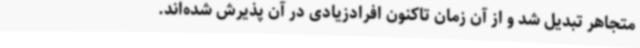
متجاهر تبدیل شد و از آن زمان تاکنون افرادزیادی در آن پذیرش شده‌اند.